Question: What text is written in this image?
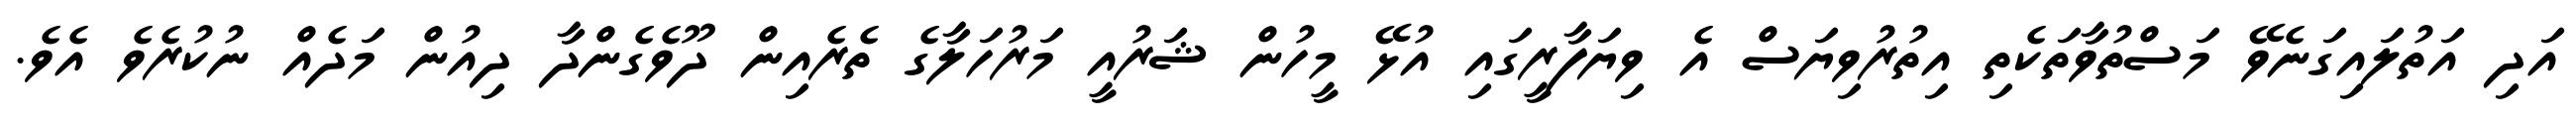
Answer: އަދި އަތުލައިގަނެވޭ މަސްތުވާތަކެތި އިތުރުވިޔަސް އެ ވިޔަފާރީގައި އުޅޭ މީހުން ޝަރުއީ މަރުހަލާގެ ތެރެއިން ދޫވެގެންދާ ދިއުން މަދެއް ނުކުރެވެ އެވެ.